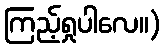
ကြည့်ရှုပါလေ။)